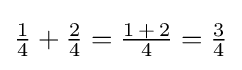
{\textstyle {\frac {1}{4}}+{\frac {2}{4}}={\frac {1\,+\,2}{4}}={\frac {3}{4}}}